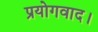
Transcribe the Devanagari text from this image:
प्रयोगवाद।